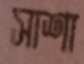
সাশা